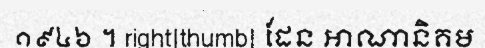
១៩៤៦ ។ right|thumb| ដែន អាណានិគម